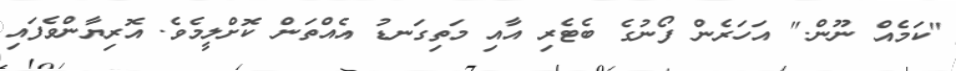
"ކަމެއް ނޫން." އަހަރެން ފޯނުގެ ބެޓެރި އާއި މަތިގަނޑު އެއްތަން ކޮށްލީމެވެ. އޮރިޔާންވެފައި